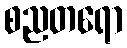
စညတရော